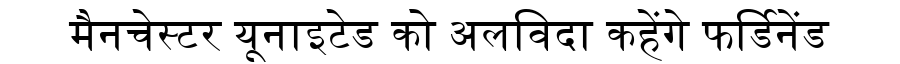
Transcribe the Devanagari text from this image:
मैनचेस्टर यूनाइटेड को अलविदा कहेंगे फर्डिनेंड